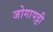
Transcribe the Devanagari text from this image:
जोगापट्टी